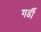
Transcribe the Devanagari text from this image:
गर्डी